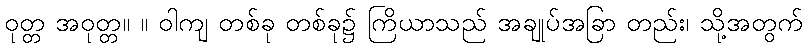
ဝုတ္တ အဝုတ္တ။ ။ ဝါကျ တစ်ခု တစ်ခု၌ ကြိယာသည် အချုပ်အခြာ တည်း၊ သို့အတွက်